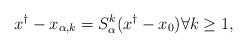
LaTeX: \begin{align*}x^\dagger - x_{\alpha,k} = S_\alpha^k (x^\dagger - x_0)\forall k \geq 1,\end{align*}